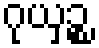
ဂုယှဉ္စ